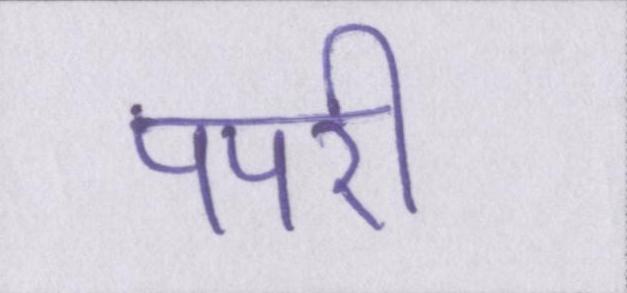
पपरी